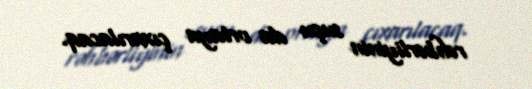
rəhbərliyinin suçu da ortaya çıxarılacaq.